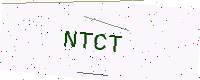
Text: NTCT